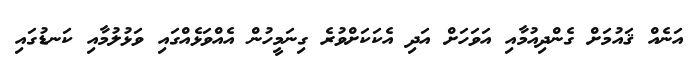
އަނެއް ޤައުމަށް ގެންދިއުމާއި އަވަހަށް އަދި އެކަކަށްވުރެ ގިނަމީހުން އެއްވަޅެއްގައި ވަޅުލުމާއި ކަނޑުގައި